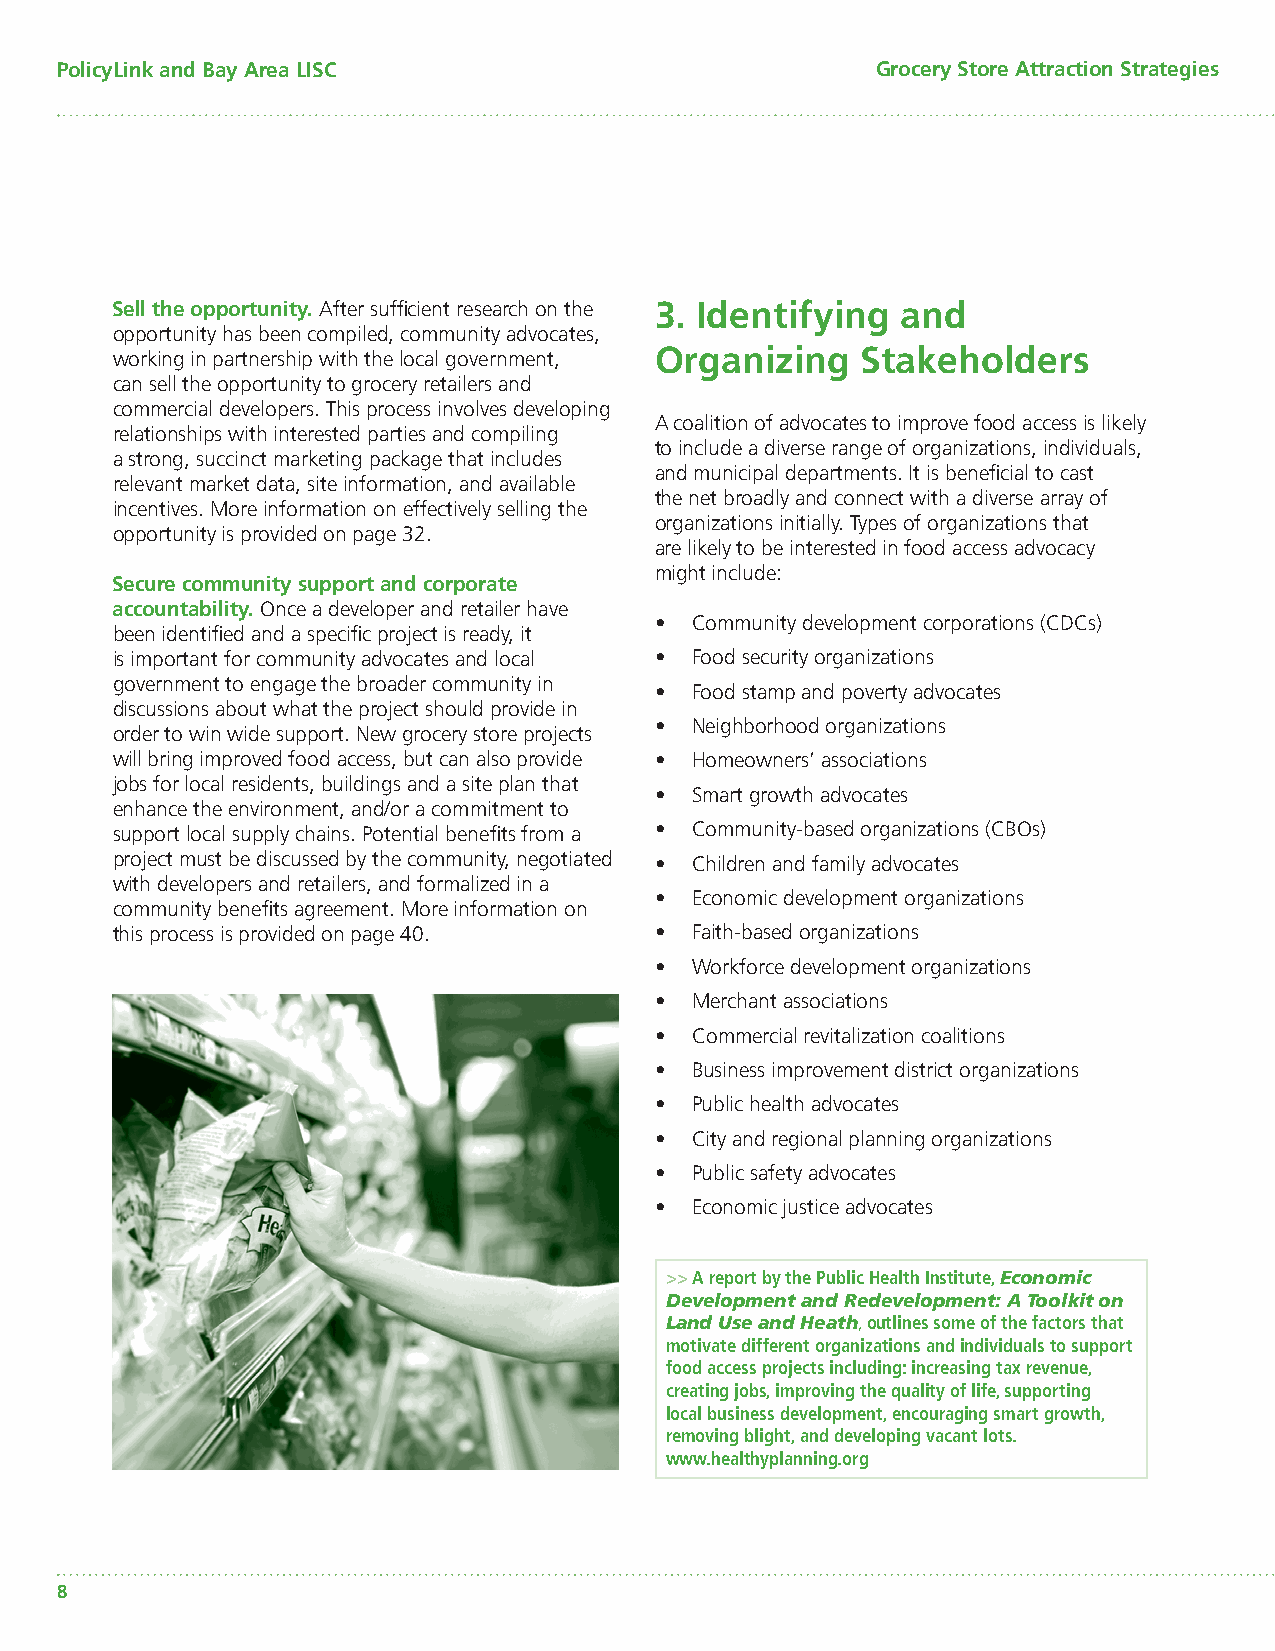
PolicyLink and Bay Area LISC                          Grocery Store Attraction Strategies
 Sell the opportunity. After suffi cient research on the 3. Identifying and
 opportunity has been compiled, community advocates,
 working in partnership with the local government, Organizing Stakeholders
 can sell the opportunity to grocery retailers and
 commercial developers. This process involves developing
 A coalition of advocates to improve food access is likely
 relationships with interested parties and compiling
 to include a diverse range of organizations, individuals,
 a strong, succinct marketing package that includes
 and municipal departments. It is benefi cial to cast
 relevant market data, site information, and available
 the net broadly and connect with a diverse array of
 incentives. More information on effectively selling the
 organizations initially. Types of organizations that
 opportunity is provided on page 32.
 are likely to be interested in food access advocacy
 might include:
 Secure community support and corporate
 accountability. Once a developer and retailer have
 •  Community development corporations (CDCs)
 been identifi ed and a specifi c project is ready, it
 is important for community advocates and local • Food security organizations
 government to engage the broader community in
 •  Food stamp and poverty advocates
 discussions about what the project should provide in
 •  Neighborhood organizations
 order to win wide support. New grocery store projects
 will bring improved food access, but can also provide • Homeowners’ associations
 jobs for local residents, buildings and a site plan that
 •  Smart growth advocates
 enhance the environment, and/or a commitment to
 support local supply chains. Potential benefi ts from a • Community-based organizations (CBOs)
 project must be discussed by the community, negotiated • Children and family advocates
 with developers and retailers, and formalized in a
 •  Economic development organizations
 community benefi ts agreement. More information on
 this process is provided on page 40. • Faith-based organizations
 •  Workforce development organizations
 •  Merchant associations
 •  Commercial revitalization coalitions
 •  Business improvement district organizations
 •  Public health advocates
 •  City and regional planning organizations
 •  Public safety advocates
 •  Economic justice advocates
 >> A report by the Public Health Institute, Economic
 Development and Redevelopment: A Toolkit on
 Land Use and Heath, outlines some of the factors that
 motivate different organizations and individuals to support
 food access projects including: increasing tax revenue,
 creating jobs, improving the quality of life, supporting
 local business development, encouraging smart growth,
 removing blight, and developing vacant lots.
 www.healthyplanning.org
 8